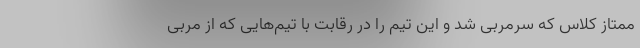
ممتاز کلاس که سرمربی شد و این تیم را در رقابت با تیم‌هایی که از مربی